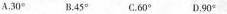
A.30°B.45°C.60°D.90°